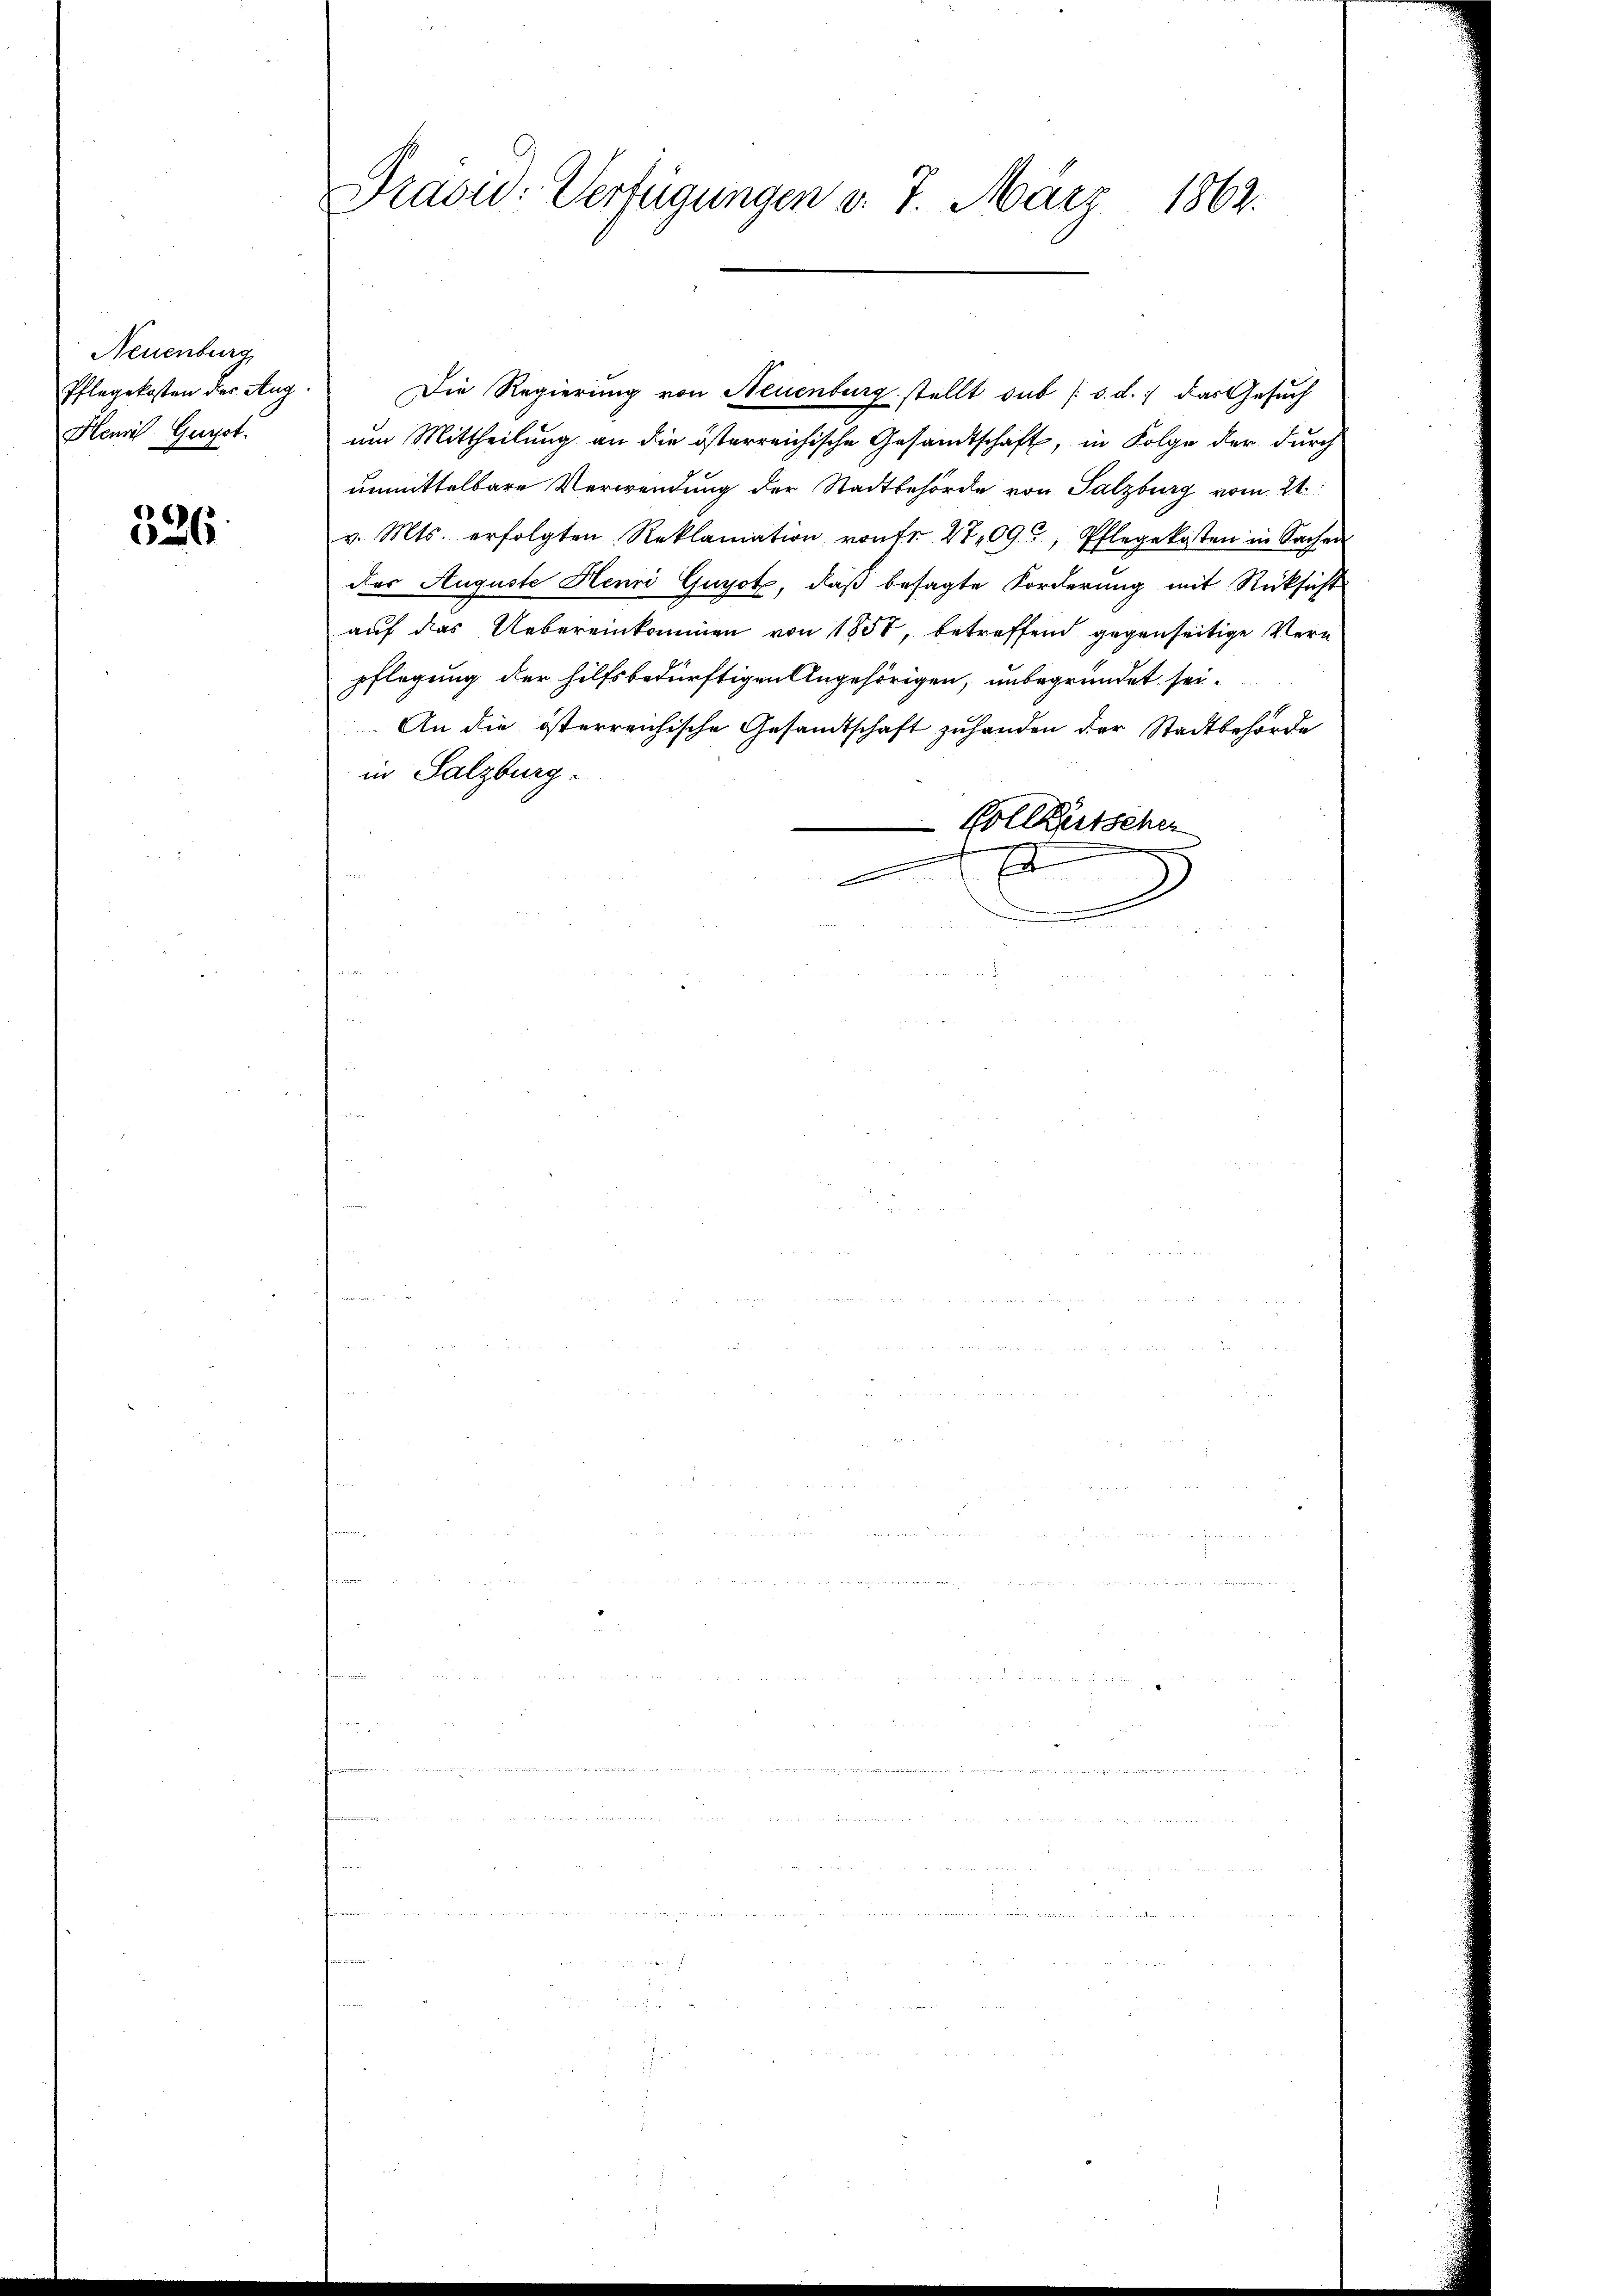
Neuenburg
Pflegekosten der Aug
Henri Gurpt.

526

Pradid: Verfügungen d. 7. März 1863.

Die Regierung von Neuenburg stellt sub [s. d. das Gesuch
um Mittheilung an die österreichische Gesandtschaft, in Folge der durch
unmittelbare Verwendung der Stadtbehörde von Salzburg vom 21.
v. Mts. erfolgten Reklamation von Fr. 2709, Pflegekosten in Sachen
des Auguste Henri Guyot, daß besagte Forderung mit Rücksicht
auf das Uebereinkommen von 1850, betreffend gegenseitige Verpflegung der hilfsbedürftigen Angehörigen, unbegründet sei.
An die österreichische Gesandtschaft zuhanden der Stadtbehörde
in Salzburg.
Vollkutscher
E
.

d